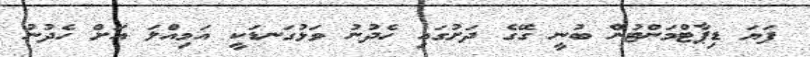
ފަޔަ ޑިޕާޓްމަންޓުން ބުނީ ގޭގެ ދަށުގައި ހެދުނު ވަޅުގަނޑަކީ އަމިއްލަ އަށް ހެދުނު